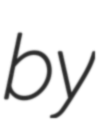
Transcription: by